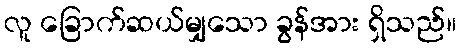
လူ ခြောက်ဆယ်မျှသော ခွန်အား ရှိသည်။